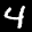
Digit: 4